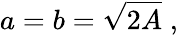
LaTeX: a=b={\sqrt{2A}}\; ,